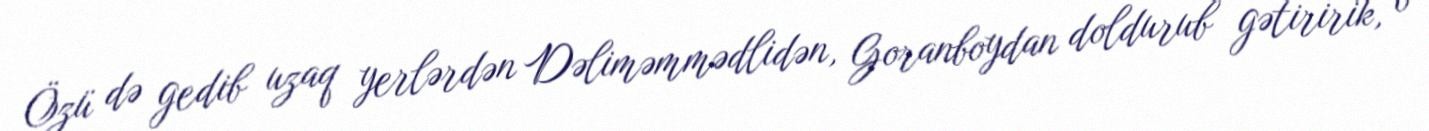
Özü də gedib uzaq yerlərdən Dəliməmmədlidən, Goranboydan doldurub gətiririk, o